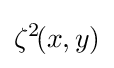
\zeta ^{2}\!(x,y)